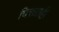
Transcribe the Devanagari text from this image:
चित्तग्राही